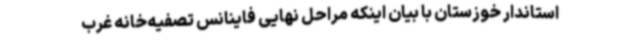
استاندار خوزستان با بیان اینکه مراحل نهایی فاینانس تصفیه‌خانه غرب